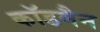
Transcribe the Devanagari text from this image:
कॉडमैन